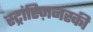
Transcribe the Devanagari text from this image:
स्ट्रांस्ज़िनस्की